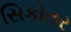
સિકોતર